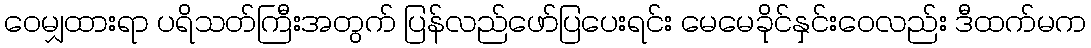
ဝေမျှထားရာ ပရိသတ်ကြီးအတွက် ပြန်လည်ဖော်ပြပေးရင်း မေမေခိုင်နှင်းဝေလည်း ဒီထက်မက